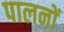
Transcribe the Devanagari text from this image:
पालनों